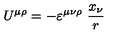
U ^ { \mu \rho } = - \varepsilon ^ { \mu \nu \rho } \ \frac { x _ { \nu } } { r }